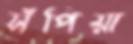
সঁপিয়া